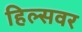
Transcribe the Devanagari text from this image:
हिल्सवर